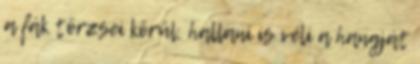
a fák törzsei körül, hallani is véli a hangját